Report on vaccination in Madras 1895-1903 - 1895-1903
Year: 1895
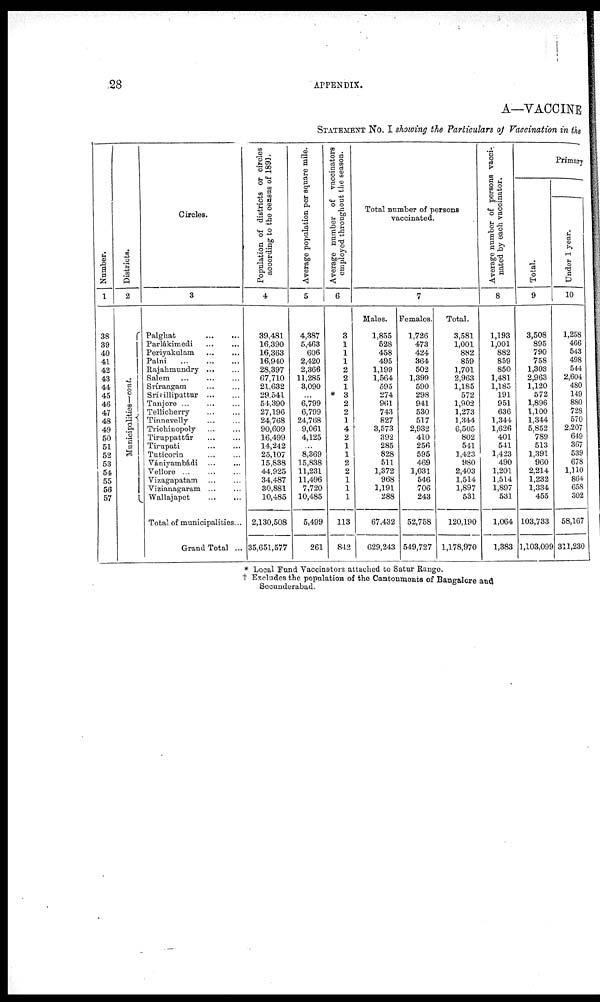
28
APPENDIX.
A—VACCINE
STATEMENT NO. I showing the Particulars of Vaccination in the
Number.
1
38
39
40
41
42
43
44
45
46
47
48
49
50
51
52
53
54
55
56
57
Districts.
2
Municipalities—cont.
Circles.
3
Palghat
...
...
Parlákimedi
...
...
Periyakulam ... ...
Palni
...
...
...
Rajahmundry ... ...
Salem ... ... ...
Srírangam
...
...
Srívilliputtur ... ...
Tanjore
...
...
...
Tellicherry ... ...
Tinnevelly ... ...
Trichinopoly
...
...
Tiruppattúr
...
...
Tirupati
...
...
Tuticorin
...
...
Vániyambádi ... ...
Vellore
...
...
...
Vizagapatam
...
...
Vizianagaram ... ...
Wallajapet ... ...
Total of municipalities ...
Grand Total ...
Population of districts or circles
according to the census of 1891.
4
39,481
16,390
16,363
16,940
28,397
67,710
21,632
29,541
54,390
27,196
24,768
90,609
16,499
14,242
25,107
15,838
44,925
34,487
30,881
10,485
2,130,508
35,651,577
Average population per square mile.
5
4,387
5,463
606
2,420
2,366
11,285
3,090
...
6,799
6,799
24,768
9,061
4,125
...
8,369
15,838
11,231
11,496
7,720
10,485
5,499
261
Average number of vaccinators
employed throughout the season.
6
3
1
1
1
2
2
1
* 3
2
2
1
4
2
1
1
2
2
1
1
1
113
842
Total number of persons
vaccinated.
Males.
1,855
528
458
495
1,199
1,564
595
274
961
743
827
3,573
392
285
828
511
1,372
968
1,191
288
67,432
629,243
7
Females.
1,726
473
424
364
502
1,399
590
298
941
530
517
2,932
410
256
595
469
1,031
546
706
243
52,758
549,727
Total.
3,581
1,001
882
859
1,701
2,963
1,185
572
1,902
1,273
1,344
6,505
802
541
1,423
980
2,403
1,514
1,897
531
120,190
1,178,970
Average number of persons vacci¬
nated by each vaccinator.
8
1,193
1,001
882
859
850
1,481
1,185
191
951
636
1,344
1,626
401
541
1,423
490
1,201
1,514
1,897
531
1,064
1,383
Primary
Total.
9
3,508
895
790
758
1,303
2,963
1,120
572
1,896
1,100
1,344
5,852
789
513
1,391
960
2,214
1,232
1,334
455
103,733
1,103,099
Under 1 year.
10
1,258
466
543
498
544
2,604
480
149
880
728
570
2,207
649
367
539
678
1,110
864
658
302
58,167
311,230
* Local Fund Vaccinators attached to Satur Rango.
† Excludes the population of the Cantonments of Bangalore and
Secunderabad.